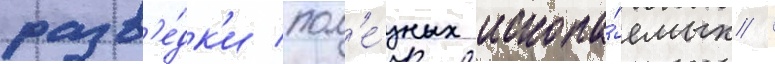
разв'е́дк'и пол'е́зных ископа́емых /